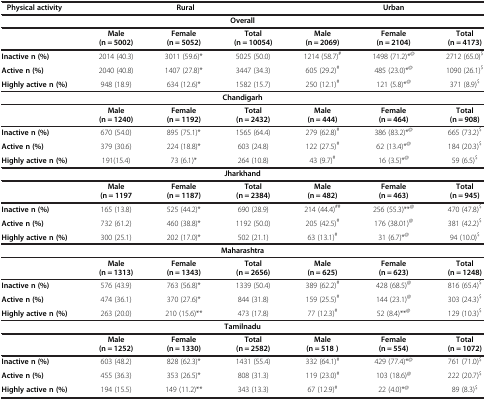
<table><thead><tr><td><b> Physical activity</b></td><td colspan="3"><b>Rural</b></td><td colspan="3"><b>Urban</b></td></tr></thead><tbody><tr><td colspan="7"><b>Overall</b></td></tr><tr><td> </td><td><b>Male (n = 5002)</b></td><td><b>Female (n = 5052)</b></td><td><b>Total (n = 10054)</b></td><td><b>Male (n = 2069)</b></td><td><b>Female (n = 2104)</b></td><td><b>Total (n = 4173)</b></td></tr><tr><td><b>Inactive n (%)</b></td><td>2014 (40.3)</td><td>3011 (59.6)*</td><td>5025 (50.0)</td><td>1214 (58.7)<sup>#</sup></td><td>1498 (71.2)*<sup>@</sup></td><td>2712 (65.0)<sup>$</sup></td></tr><tr><td><b>Active n (%)</b></td><td>2040 (40.8)</td><td>1407 (27.8)*</td><td>3447 (34.3)</td><td>605 (29.2)<sup>#</sup></td><td>485 (23.0)*<sup>@</sup></td><td>1090 (26.1)<sup>$</sup></td></tr><tr><td><b>Highly active n (%)</b></td><td>948 (18.9)</td><td>634 (12.6)*</td><td>1582 (15.7)</td><td>250 (12.1)<sup>#</sup></td><td>121 (5.8)*<sup>@</sup></td><td>371 (8.9)<sup>$</sup></td></tr><tr><td colspan="7"><b>Chandigarh</b></td></tr><tr><td> </td><td><b>Male (n = 1240)</b></td><td><b>Female (n = 1192)</b></td><td><b>Total (n = 2432)</b></td><td><b>Male (n = 444)</b></td><td><b>Female (n = 464)</b></td><td><b>Total (n = 908)</b></td></tr><tr><td><b>Inactive n (%)</b></td><td>670 (54.0)</td><td>895 (75.1)*</td><td>1565 (64.4)</td><td>279 (62.8)<sup>#</sup></td><td>386 (83.2)*<sup>@</sup></td><td>665 (73.2)<sup>$</sup></td></tr><tr><td><b>Active n (%)</b></td><td>379 (30.6)</td><td>224 (18.8)*</td><td>603 (24.8)</td><td>122 (27.5)<sup>#</sup></td><td>62 (13.4)*<sup>@</sup></td><td>184 (20.3)<sup>$</sup></td></tr><tr><td><b>Highly active n (%)</b></td><td>191(15.4)</td><td>73 (6.1)*</td><td>264 (10.8)</td><td>43 (9.7)<sup>#</sup></td><td>16 (3.5)*<sup>@</sup></td><td>59 (6.5)<sup>$</sup></td></tr><tr><td colspan="7"><b>Jharkhand</b></td></tr><tr><td> </td><td><b>Male (n = 1197</b></td><td><b>Female(n = 1187)</b></td><td><b>Total(n = 2384)</b></td><td><b>Male(n = 482)</b></td><td><b>Female(n = 463)</b></td><td><b>Total(n = 945)</b></td></tr><tr><td><b>Inactive n (%)</b></td><td>165 (13.8)</td><td>525 (44.2)*</td><td>690 (28.9)</td><td>214 (44.4)<sup>##</sup></td><td>256 (55.3)**<sup>@</sup></td><td>470 (47.8)<sup>$</sup></td></tr><tr><td><b>Active n (%)</b></td><td>732 (61.2)</td><td>460 (38.8)*</td><td>1192 (50.0)</td><td>205 (42.5)<sup>#</sup></td><td>176 (38.01)<sup>@</sup></td><td>381 (42.2)<sup>$</sup></td></tr><tr><td><b>Highly active n (%)</b></td><td>300 (25.1)</td><td>202 (17.0)*</td><td>502 (21.1)</td><td>63 (13.1)<sup>#</sup></td><td>31 (6.7)*<sup>@</sup></td><td>94 (10.0)<sup>$</sup></td></tr><tr><td colspan="7"><b>Maharashtra</b></td></tr><tr><td> </td><td><b>Male(n = 1313)</b></td><td><b>Female(n = 1343)</b></td><td><b>Total(n = 2656)</b></td><td><b>Male(n = 625)</b></td><td><b>Female(n = 623)</b></td><td><b>Total(n = 1248)</b></td></tr><tr><td><b>Inactive n (%)</b></td><td>576 (43.9)</td><td>763 (56.8)*</td><td>1339 (50.4)</td><td>389 (62.2)<sup>#</sup></td><td>428 (68.5)<sup>@</sup></td><td>816 (65.4)<sup>$</sup></td></tr><tr><td><b>Active n (%)</b></td><td>474 (36.1)</td><td>370 (27.6)*</td><td>844 (31.8)</td><td>159 (25.5)<sup>#</sup></td><td>144 (23.1)<sup>@</sup></td><td>303 (24.3)<sup>$</sup></td></tr><tr><td><b>Highly active n (%)</b></td><td>263 (20.0)</td><td>210 (15.6)**</td><td>473 (17.8)</td><td>77 (12.3)<sup>#</sup></td><td>52 (8.4)**<sup>@</sup></td><td>129 (10.3)<sup>$</sup></td></tr><tr><td colspan="7"><b>Tamilnadu</b></td></tr><tr><td> </td><td><b>Male(n = 1252)</b></td><td><b>Female(n = 1330)</b></td><td><b>Total(n = 2582)</b></td><td><b>Male(n = 518 )</b></td><td><b>Female(n = 554)</b></td><td><b>Total(n = 1072)</b></td></tr><tr><td><b>Inactive n (%)</b></td><td>603 (48.2)</td><td>828 (62.3)*</td><td>1431 (55.4)</td><td>332 (64.1)<sup>#</sup></td><td>429 (77.4)*<sup>@</sup></td><td>761 (71.0)<sup>$</sup></td></tr><tr><td><b>Active n (%)</b></td><td>455 (36.3)</td><td>353 (26.5)*</td><td>808 (31.3)</td><td>119 (23.0)<sup>#</sup></td><td>103 (18.6)<sup>@</sup></td><td>222 (20.7)<sup>$</sup></td></tr><tr><td><b>Highly active n (%)</b></td><td>194 (15.5)</td><td>149 (11.2)**</td><td>343 (13.3)</td><td>67 (12.9)<sup>#</sup></td><td>22 (4.0)*<sup>@</sup></td><td>89 (8.3)<sup>$</sup></td></tr></tbody></table>